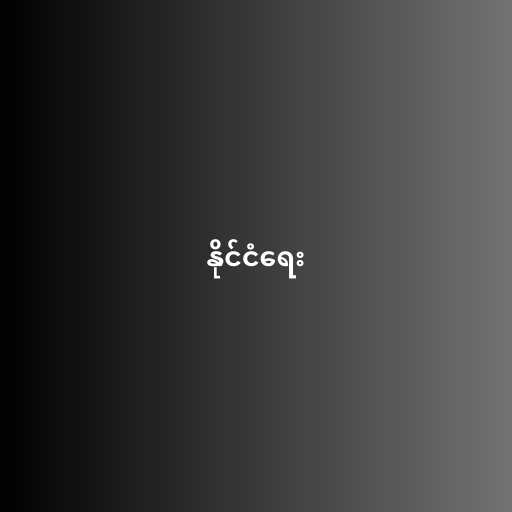
နိုင်ငံရေး